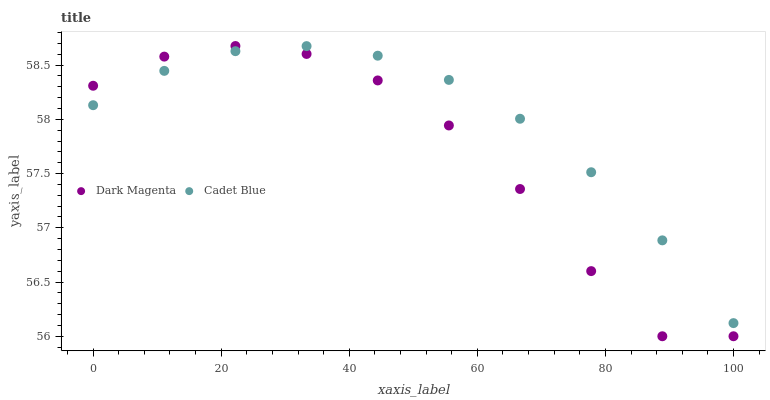
| xaxis_label | Dark Magenta | Cadet Blue |
 | --- | --- | --- |
 | 0 | 58.3 | 58.1 |
 | 11.1 | 58.6 | 58.4 |
 | 22.2 | 58.7 | 58.6 |
 | 33.3 | 58.6 | 58.7 |
 | 44.4 | 58.4 | 58.6 |
 | 55.6 | 57.9 | 58.4 |
 | 66.7 | 57.4 | 58 |
 | 77.8 | 56.6 | 57.5 |
 | 88.9 | 56 | 56.9 |
 | 100 | 56 | 56.1 |